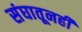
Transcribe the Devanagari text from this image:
संघातूनही